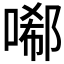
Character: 𠻑